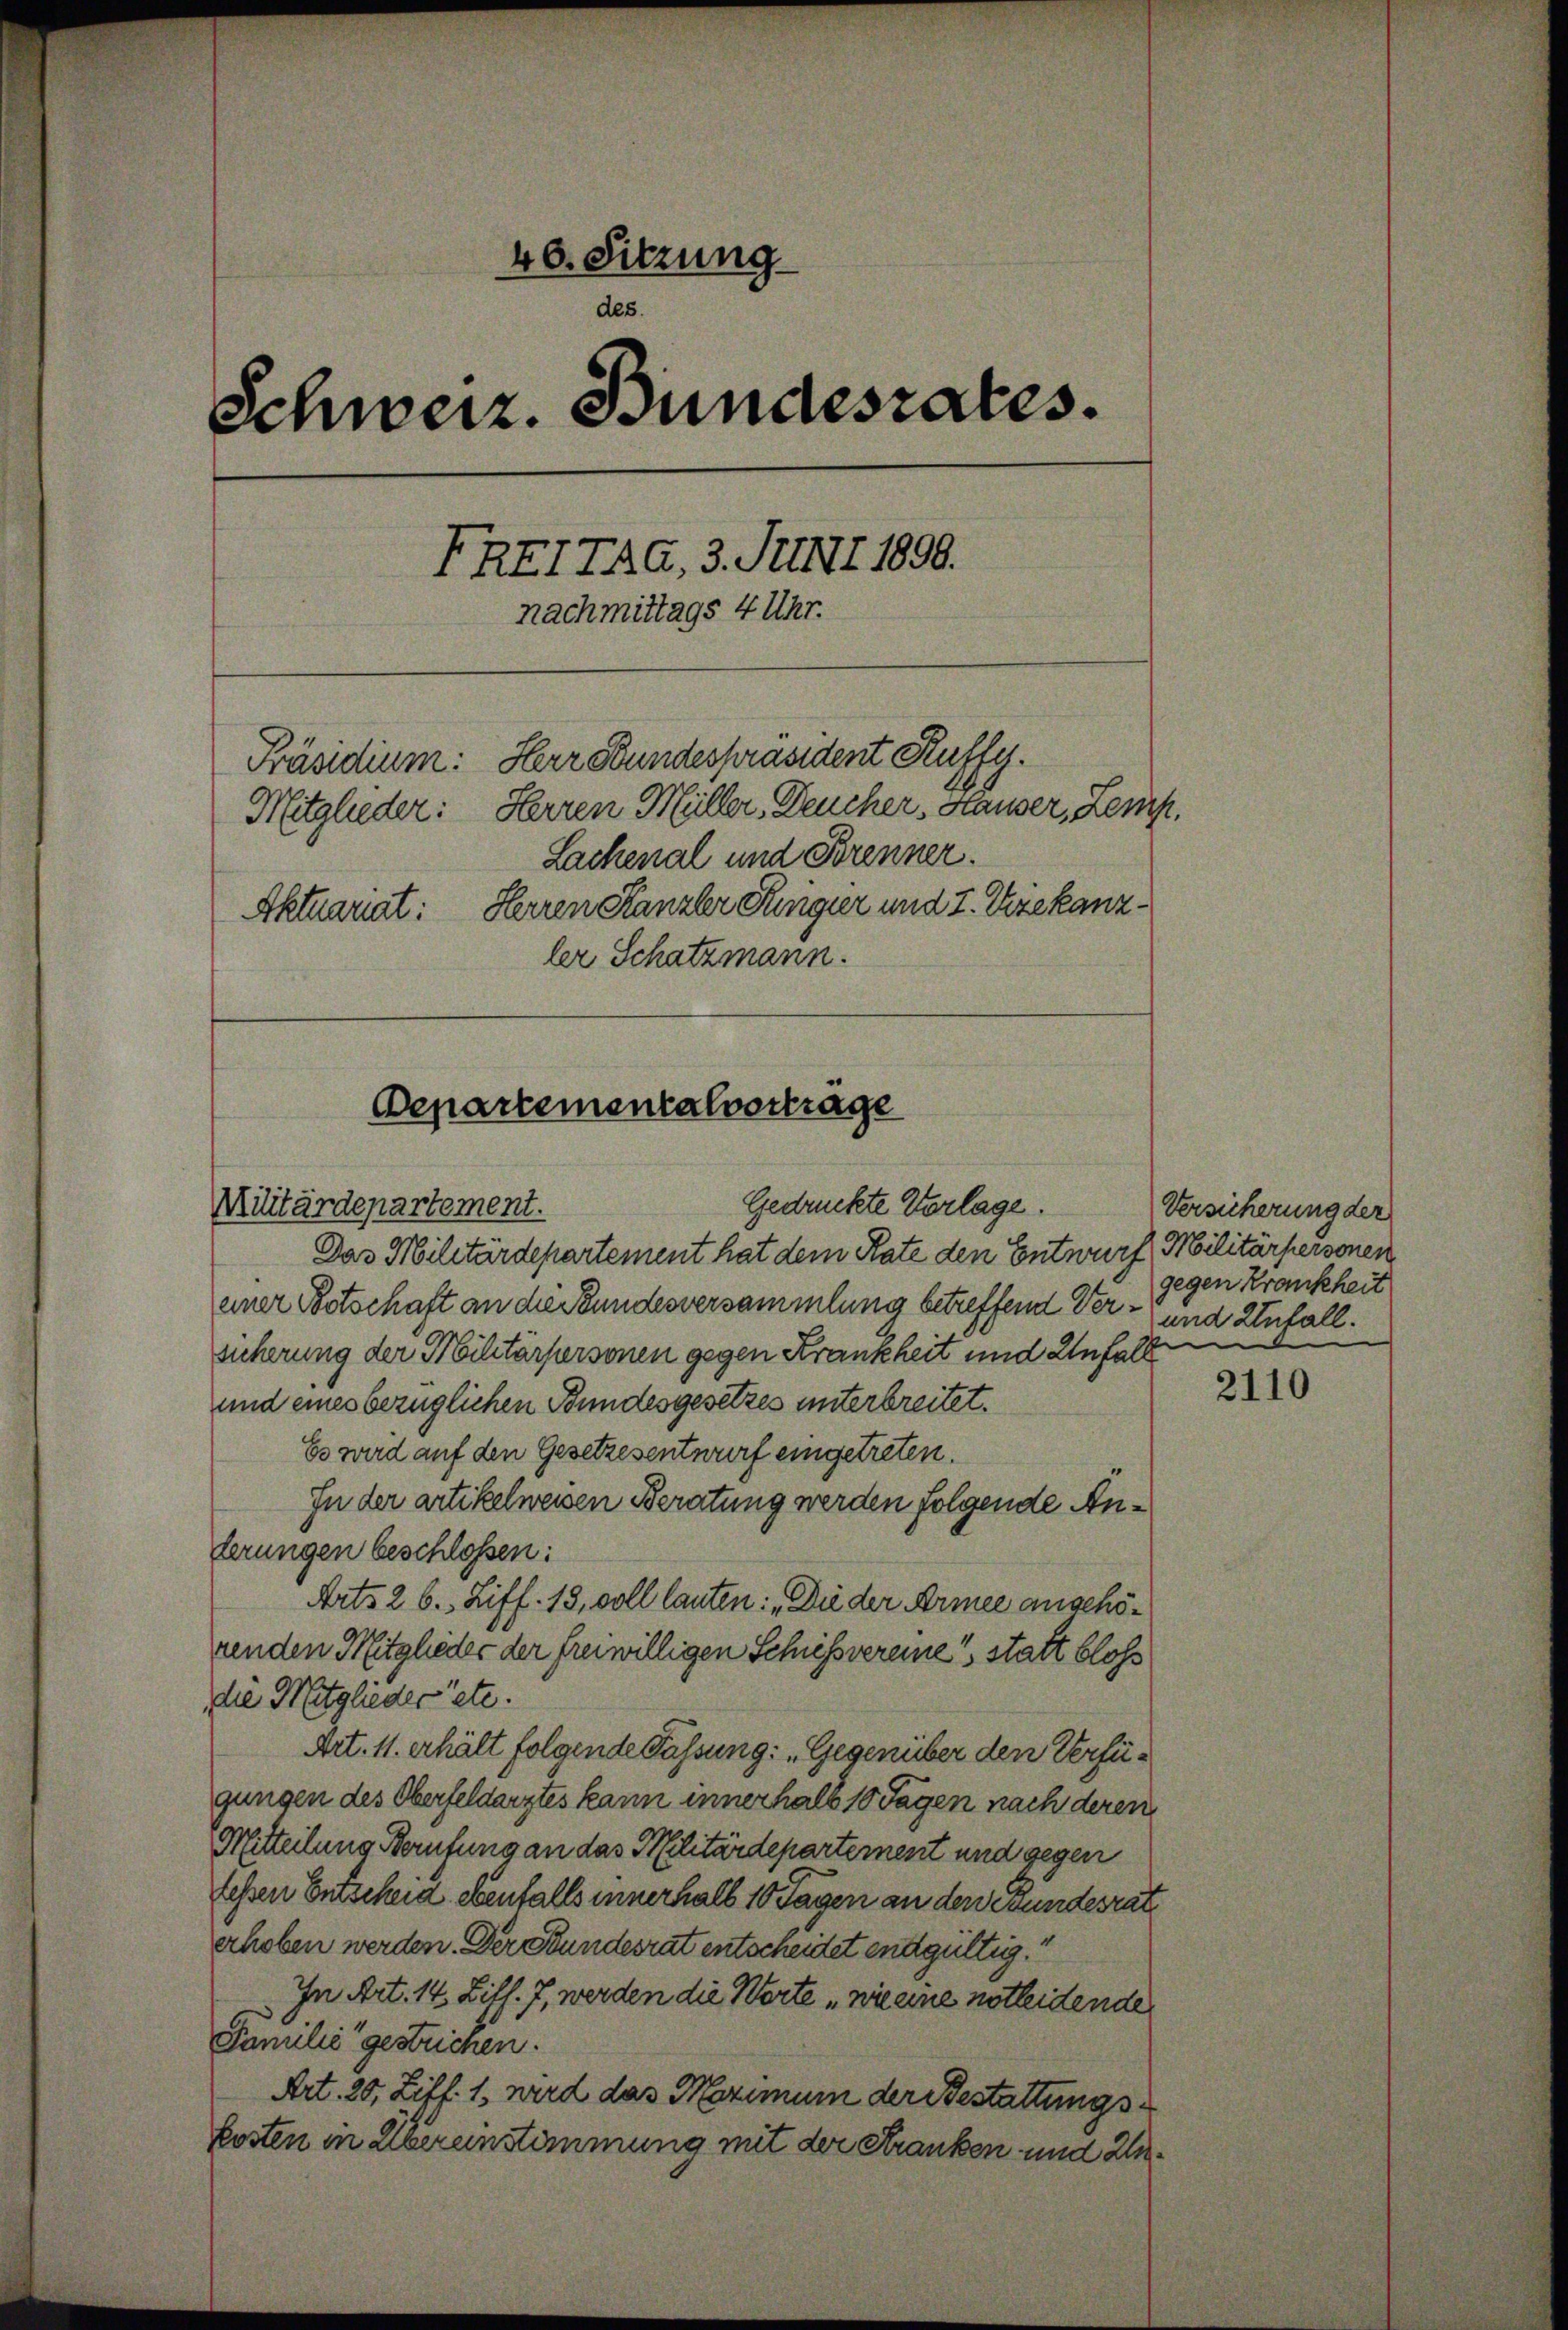
40. Sitzung
des.
Schweiz. Bundesrates.
FREITAG, 3. Juli 1890.
nachmittags 4 Uhr.
Präsidium: Herr Bundespräsident Kuffy.
Mitglieder: Herren Müller, Deucher, Hauser, Zemp,
Lachenal und Brenner.
Herren Kanzler Ringier und 7. Diekanz¬
Aktuariat:
ler Schatzmann.

Das Militärdepartement hat dem Rate den Entwurf
einer Betschaft an die Bundesversammlung betreffend Ver- und Unfall.
sicherung der Militärpersonen gegen Krankheit und Unfall
und eines bezüglichen Bundesgesetzes unterbreitet.
Es wird auf den Gesetzesentwurf eingetreten.
In der artikelweisen Beratung werden folgende Anderungen beschlossen:
Arts 2 6., Ziff. 13, voll lauten: „Die der Armee angehörenden Mitglieder der freiwilligen Schiessvereine statt bloss
die Mitglieder etc.
Art. 11. erhält folgende Fassung: „Gegenüber den Verfügungen des Oberfeldarztes kann innerhalb 10 Tagen nach deren
Mitteilung Berufung an das Militärdepartement und gegen
tessen Entscheid ebenfalls innerhalb 10 Tagen an den Bundesrat
erhoben werden. Der Bundesrat entscheidet endgültig.
In Art. 14 Ziff. 7, werden die Worte „wie eine notleidende
Familie gestrichen.
Art. 20, Ziff. 1, wird das Maximum der Bestattungskosten in Übereinstimmung mit der Kranken und Zu¬

Departementalvertrage
Gedruckte Vorlage.
Militärdepartement.

Versicherung der
Militärpersonen
gegen Krankheit

2110